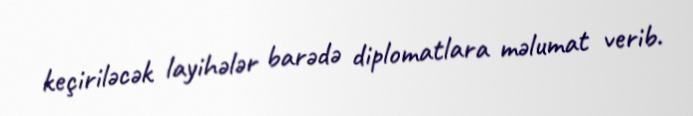
keçiriləcək layihələr barədə diplomatlara məlumat verib.